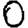
Digit: 0